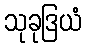
သုခုဒြယံ